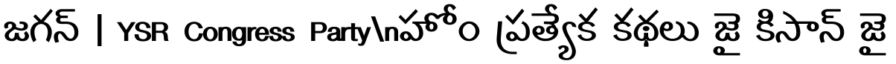
జగన్ | YSR Congress Party\nహోం ప్రత్యేక కథలు జై కిసాన్ జై